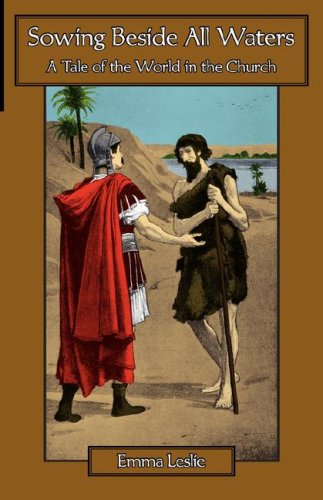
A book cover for Sowing Beside All Waters: A Tale of the World in the Church; Emma Leslie; Teen & Young Adult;